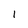
Character: 1